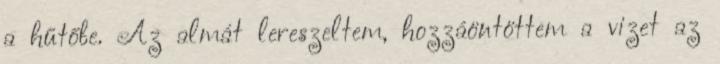
a hűtőbe. Az almát lereszeltem, hozzáöntöttem a vizet az